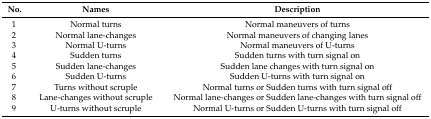
<table><thead><tr><td><b>No.</b></td><td><b>Names</b></td><td><b>Description</b></td></tr></thead><tbody><tr><td>1</td><td>Normal turns</td><td>Normal maneuvers of turns</td></tr><tr><td>2</td><td>Normal lane-changes</td><td>Normal maneuvers of changing lanes</td></tr><tr><td>3</td><td>Normal U-turns</td><td>Normal maneuvers of U-turns</td></tr><tr><td>4</td><td>Sudden turns</td><td>Sudden turns with turn signal on</td></tr><tr><td>5</td><td>Sudden lane-changes</td><td>Sudden lane changes with turn signal on</td></tr><tr><td>6</td><td>Sudden U-turns</td><td>Sudden U-turns with turn signal on</td></tr><tr><td>7</td><td>Turns without scruple</td><td>Normal turns or Sudden turns with turn signal off</td></tr><tr><td>8</td><td>Lane-changes without scruple</td><td>Normal lane-changes or Sudden lane-changes with turn signal off</td></tr><tr><td>9</td><td>U-turns without scruple</td><td>Normal U-turns or Sudden U-turns with turn signal off</td></tr></tbody></table>